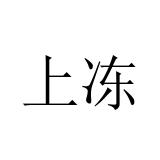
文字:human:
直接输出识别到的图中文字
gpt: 上冻